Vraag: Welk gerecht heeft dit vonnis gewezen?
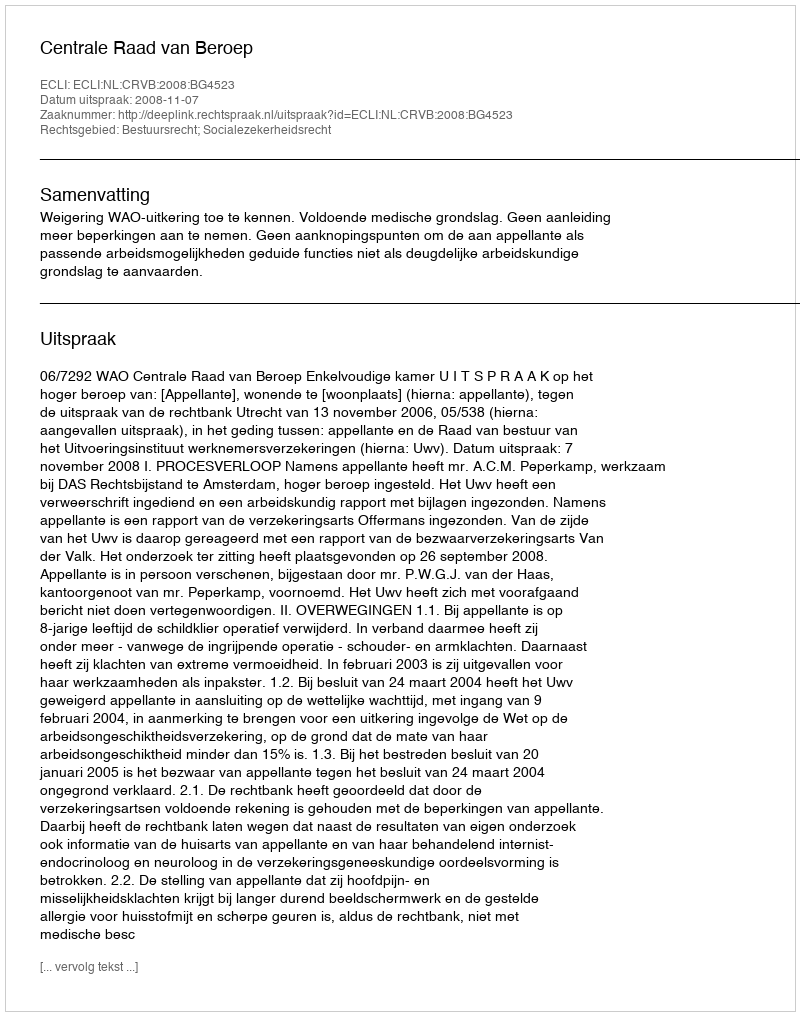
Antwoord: Centrale Raad van Beroep